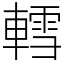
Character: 轌